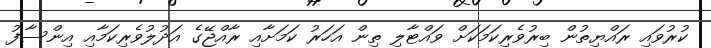
ކުރުވައި ރައްޔިތުން ބިރުވެރިކަމަކަށް ވައްޓާލި ތިން އަހަރު ކަމަށާއި ރާއްޖޭގެ އަދުލުވެރިކަމާއި އިންސާފު